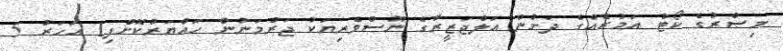
މިޞްރުގެ ކޯޓު އަމުރެއްގެ ދަށުން އަލްޖަޒީރާގެ ނޫސްވެރިޔަކު ޖަރުމަނުން ހައްޔަރުކޮށްފި1 އަހަރު 5